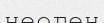
неоген